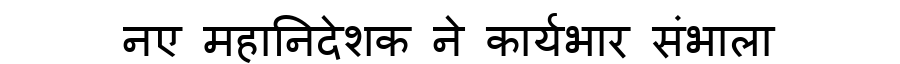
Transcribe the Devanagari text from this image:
नए महानिदेशक ने कार्यभार संभाला